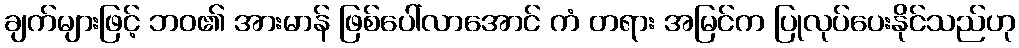
ချက်များဖြင့် ဘဝ၏ အားမာန် ဖြစ်ပေါ်လာအောင် ကံ တရား အမြင်က ပြုလုပ်ပေးနိုင်သည်ဟု